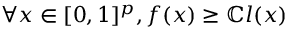
\forall x \in [ 0 , 1 ] ^ { p } , f ( x ) \geq \mathbb { C } l ( x )